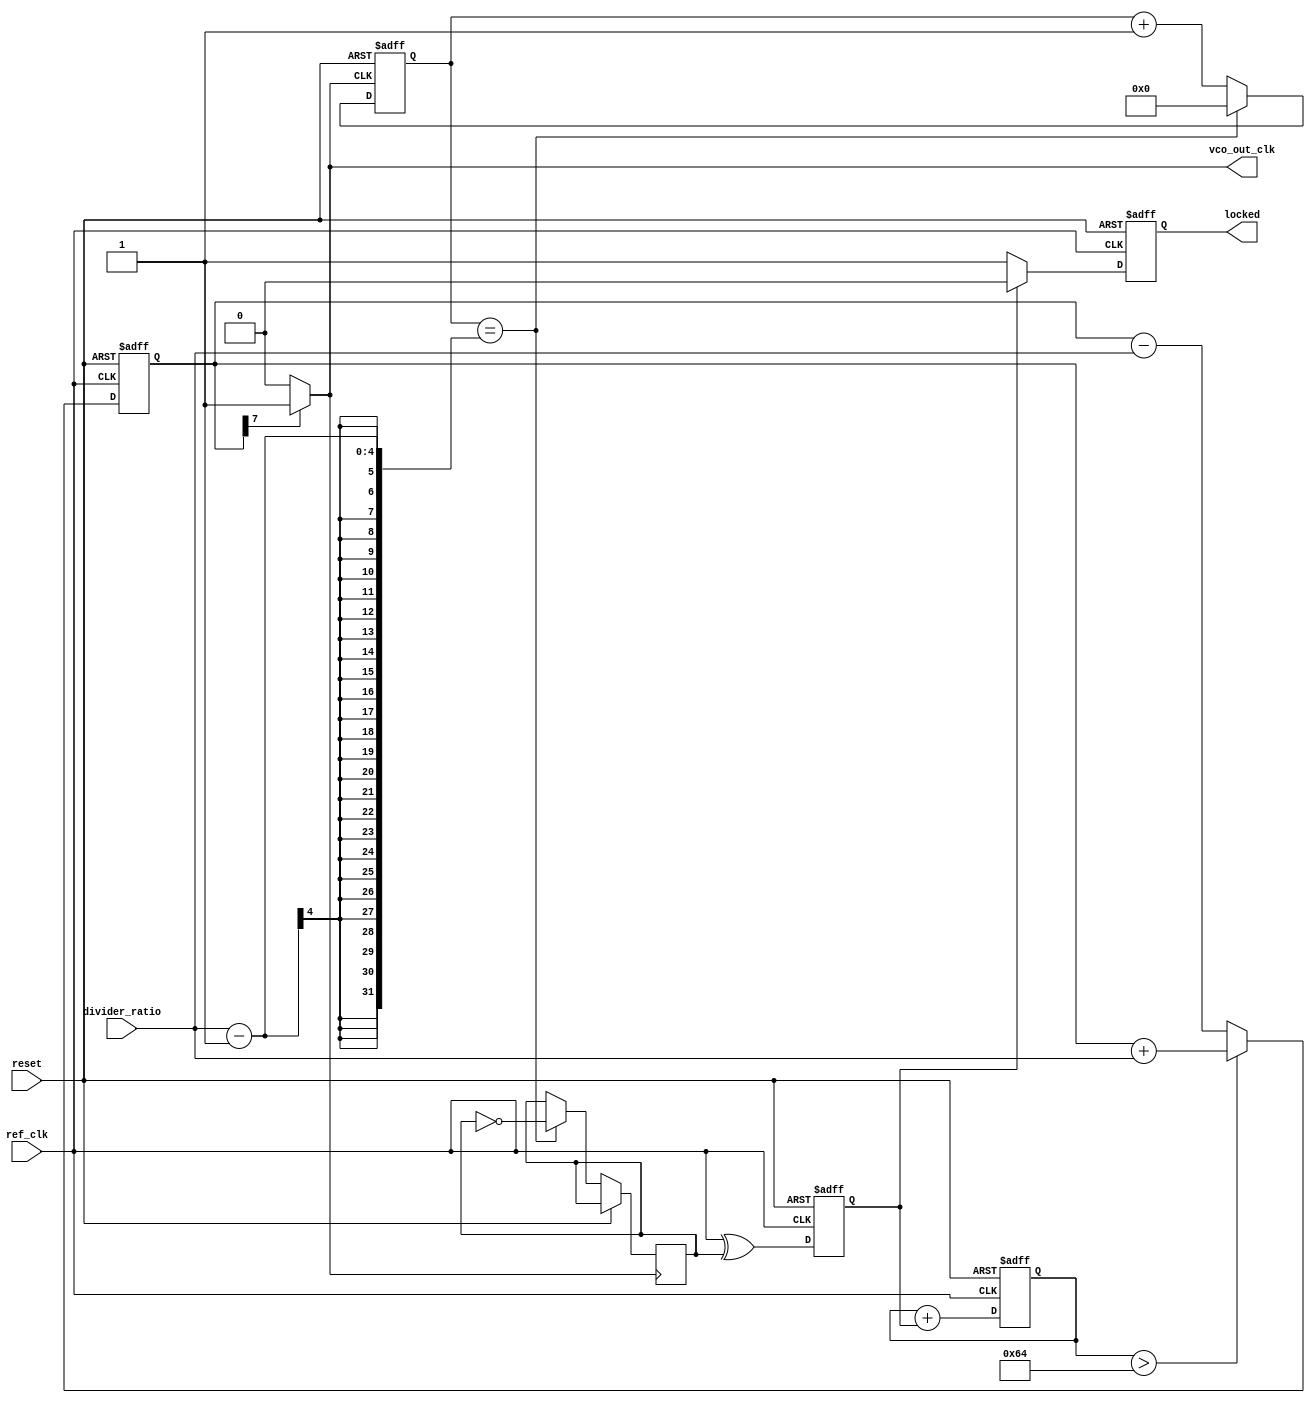
module high_performance_pll (
    input wire ref_clk,              // Input Reference Clock
    input wire reset,                // Active high reset signal
    input wire [3:0] divider_ratio,  // Feedback Divider Ratio (4-bit programmable)
    output wire vco_out_clk,         // VCO Output Clock
    output wire locked               // PLL Lock Detection Output
);

    // Phase Detector
    reg phase_error;
    wire feedback_clk;
    wire feedback_clk_divided;

    always @(posedge ref_clk or posedge reset) begin
        if (reset) begin
            phase_error <= 1'b0;
        end else begin
            // Simple edge detection for phase comparison
            phase_error <= ref_clk ^ feedback_clk; // XOR phase detector
        end
    end

    // Loop Filter (Simple First-Order Example)
    reg [7:0] control_voltage;
    
    always @(posedge ref_clk or posedge reset) begin
        if (reset) begin
            control_voltage <= 8'b0;
        end else begin
            // Simple Proportional Control
            control_voltage <= control_voltage + phase_error; 
        end
    end

    // Voltage-Controlled Oscillator (VCO, simplified)
    reg [7:0] vco_count; // VCO Counter
    assign vco_out_clk = (vco_count[7] == 1'b1) ? 1'b1 : 1'b0; // Generate VCO output

    always @(posedge ref_clk or posedge reset) begin
        if (reset) begin
            vco_count <= 8'b0;
        end else begin
            // VCO frequency control
            if (control_voltage > 100) begin
                vco_count <= vco_count + divider_ratio; // Adjust VCO frequency
            end else begin
                vco_count <= vco_count - divider_ratio; 
            end
        end
    end

    // Feedback Divider
    reg [3:0] clk_div_counter;
    always @(posedge vco_out_clk or posedge reset) begin
        if (reset) begin
            clk_div_counter <= 4'b0;
        end else if (clk_div_counter == divider_ratio - 1) begin
            feedback_clk <= ~feedback_clk; // Toggle feedback clock output
            clk_div_counter <= 4'b0;
        end else begin
            clk_div_counter <= clk_div_counter + 1;
        end
    end

    // Lock Detection
    reg locked_reg;
    always @(posedge ref_clk or posedge reset) begin
        if (reset) begin
            locked_reg <= 1'b0;
        end else begin
            // Simple lock detection logic (for demonstration)
            if (phase_error == 0) begin
                locked_reg <= 1'b1; // PLL is locked
            end else begin
                locked_reg <= 1'b0;
            end
        end
    end

    assign locked = locked_reg;

endmodule